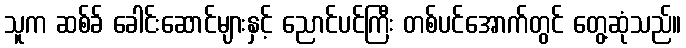
သူက ဆစ်ခ် ခေါင်းဆောင်များနှင့် ညောင်ပင်ကြီး တစ်ပင်အောက်တွင် တွေ့ဆုံသည်။